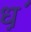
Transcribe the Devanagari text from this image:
ध़॒